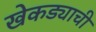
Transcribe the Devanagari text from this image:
खेकड्याची